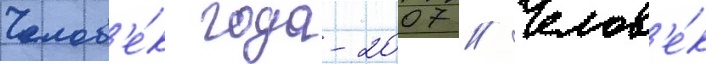
Челов'е́к года-2007 // Челов'е́к